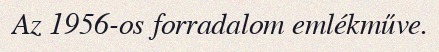
Az 1956-os forradalom emlékműve.